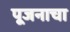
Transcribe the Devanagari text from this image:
पूजनाचा